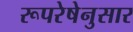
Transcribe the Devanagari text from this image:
रूपरेषेनुसार